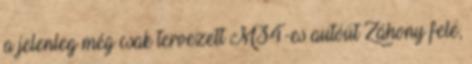
a jelenleg még csak tervezett M34-es autóút Záhony felé,